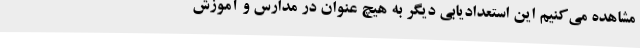
مشاهده می‌کنیم این استعدادیابی دیگر به هیچ عنوان در مدارس و آموزش